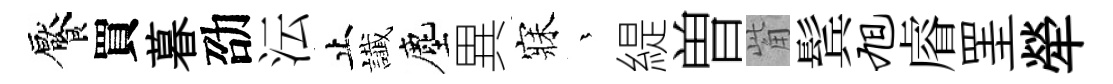
饜買暮劭沄止䜟塵異寐茫緹曽觜鬂旭𥈠罣犖